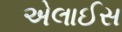
એલાઈસ